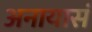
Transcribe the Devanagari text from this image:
अनायासं